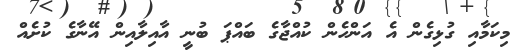
މިކަމާއި ގުޅިގެން އެ އަންހެން ކުއްޖާގެ ބައްޕަ ބުނީ އާއިލާއިން އޭނާގެ ކުށެއް